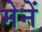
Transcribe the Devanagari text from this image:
मेनें